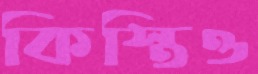
কিস্তিও